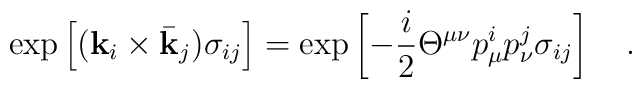
{\rm exp} \left [ ( {\bf k}_i \times {\bar {\bf k}}_j ) \sigma_{ij}  \right ]= {\rm exp} \left [ - {{i}\over{2}} \Theta^{\mu\nu} p^i_{\mu} p^j_{\nu}  \sigma_{ij} \right ]\quad .